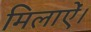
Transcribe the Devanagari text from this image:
मिलाऐं।